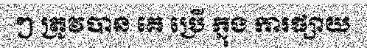
ៗ ត្រូវបាន គេ ប្រើ ក្នុង ការផ្សាយ